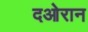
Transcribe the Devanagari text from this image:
दओरान